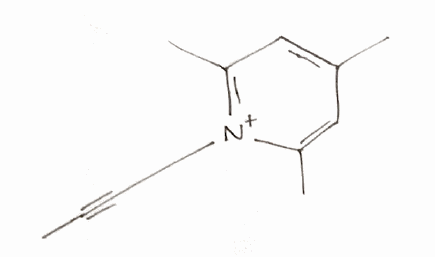
Simplified molecular-input line-entry system (SMILES) notation of the given molecule:
CC#C[N+]1=C(C=C(C=C1C)C)C